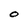
Character: O